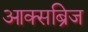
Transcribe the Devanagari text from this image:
आक्सब्रिज